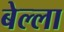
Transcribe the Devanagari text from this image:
बेल्ला